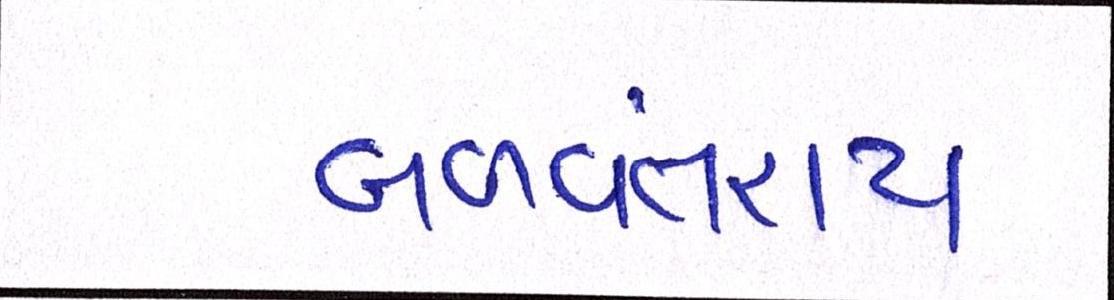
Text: બળવંતરાય